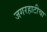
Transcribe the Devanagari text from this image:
जगरहाटीचा